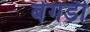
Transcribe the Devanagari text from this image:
बेगडी